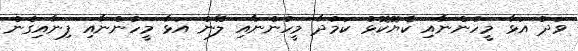
ވަދު އަޅާ މީހުންނާއި ކެޔޮކޮޅު ކަމުދާ މީހުންނާއި ލޭނު އަޅާ މީހުންނާއި ފިނާއިގެން